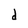
Character: d